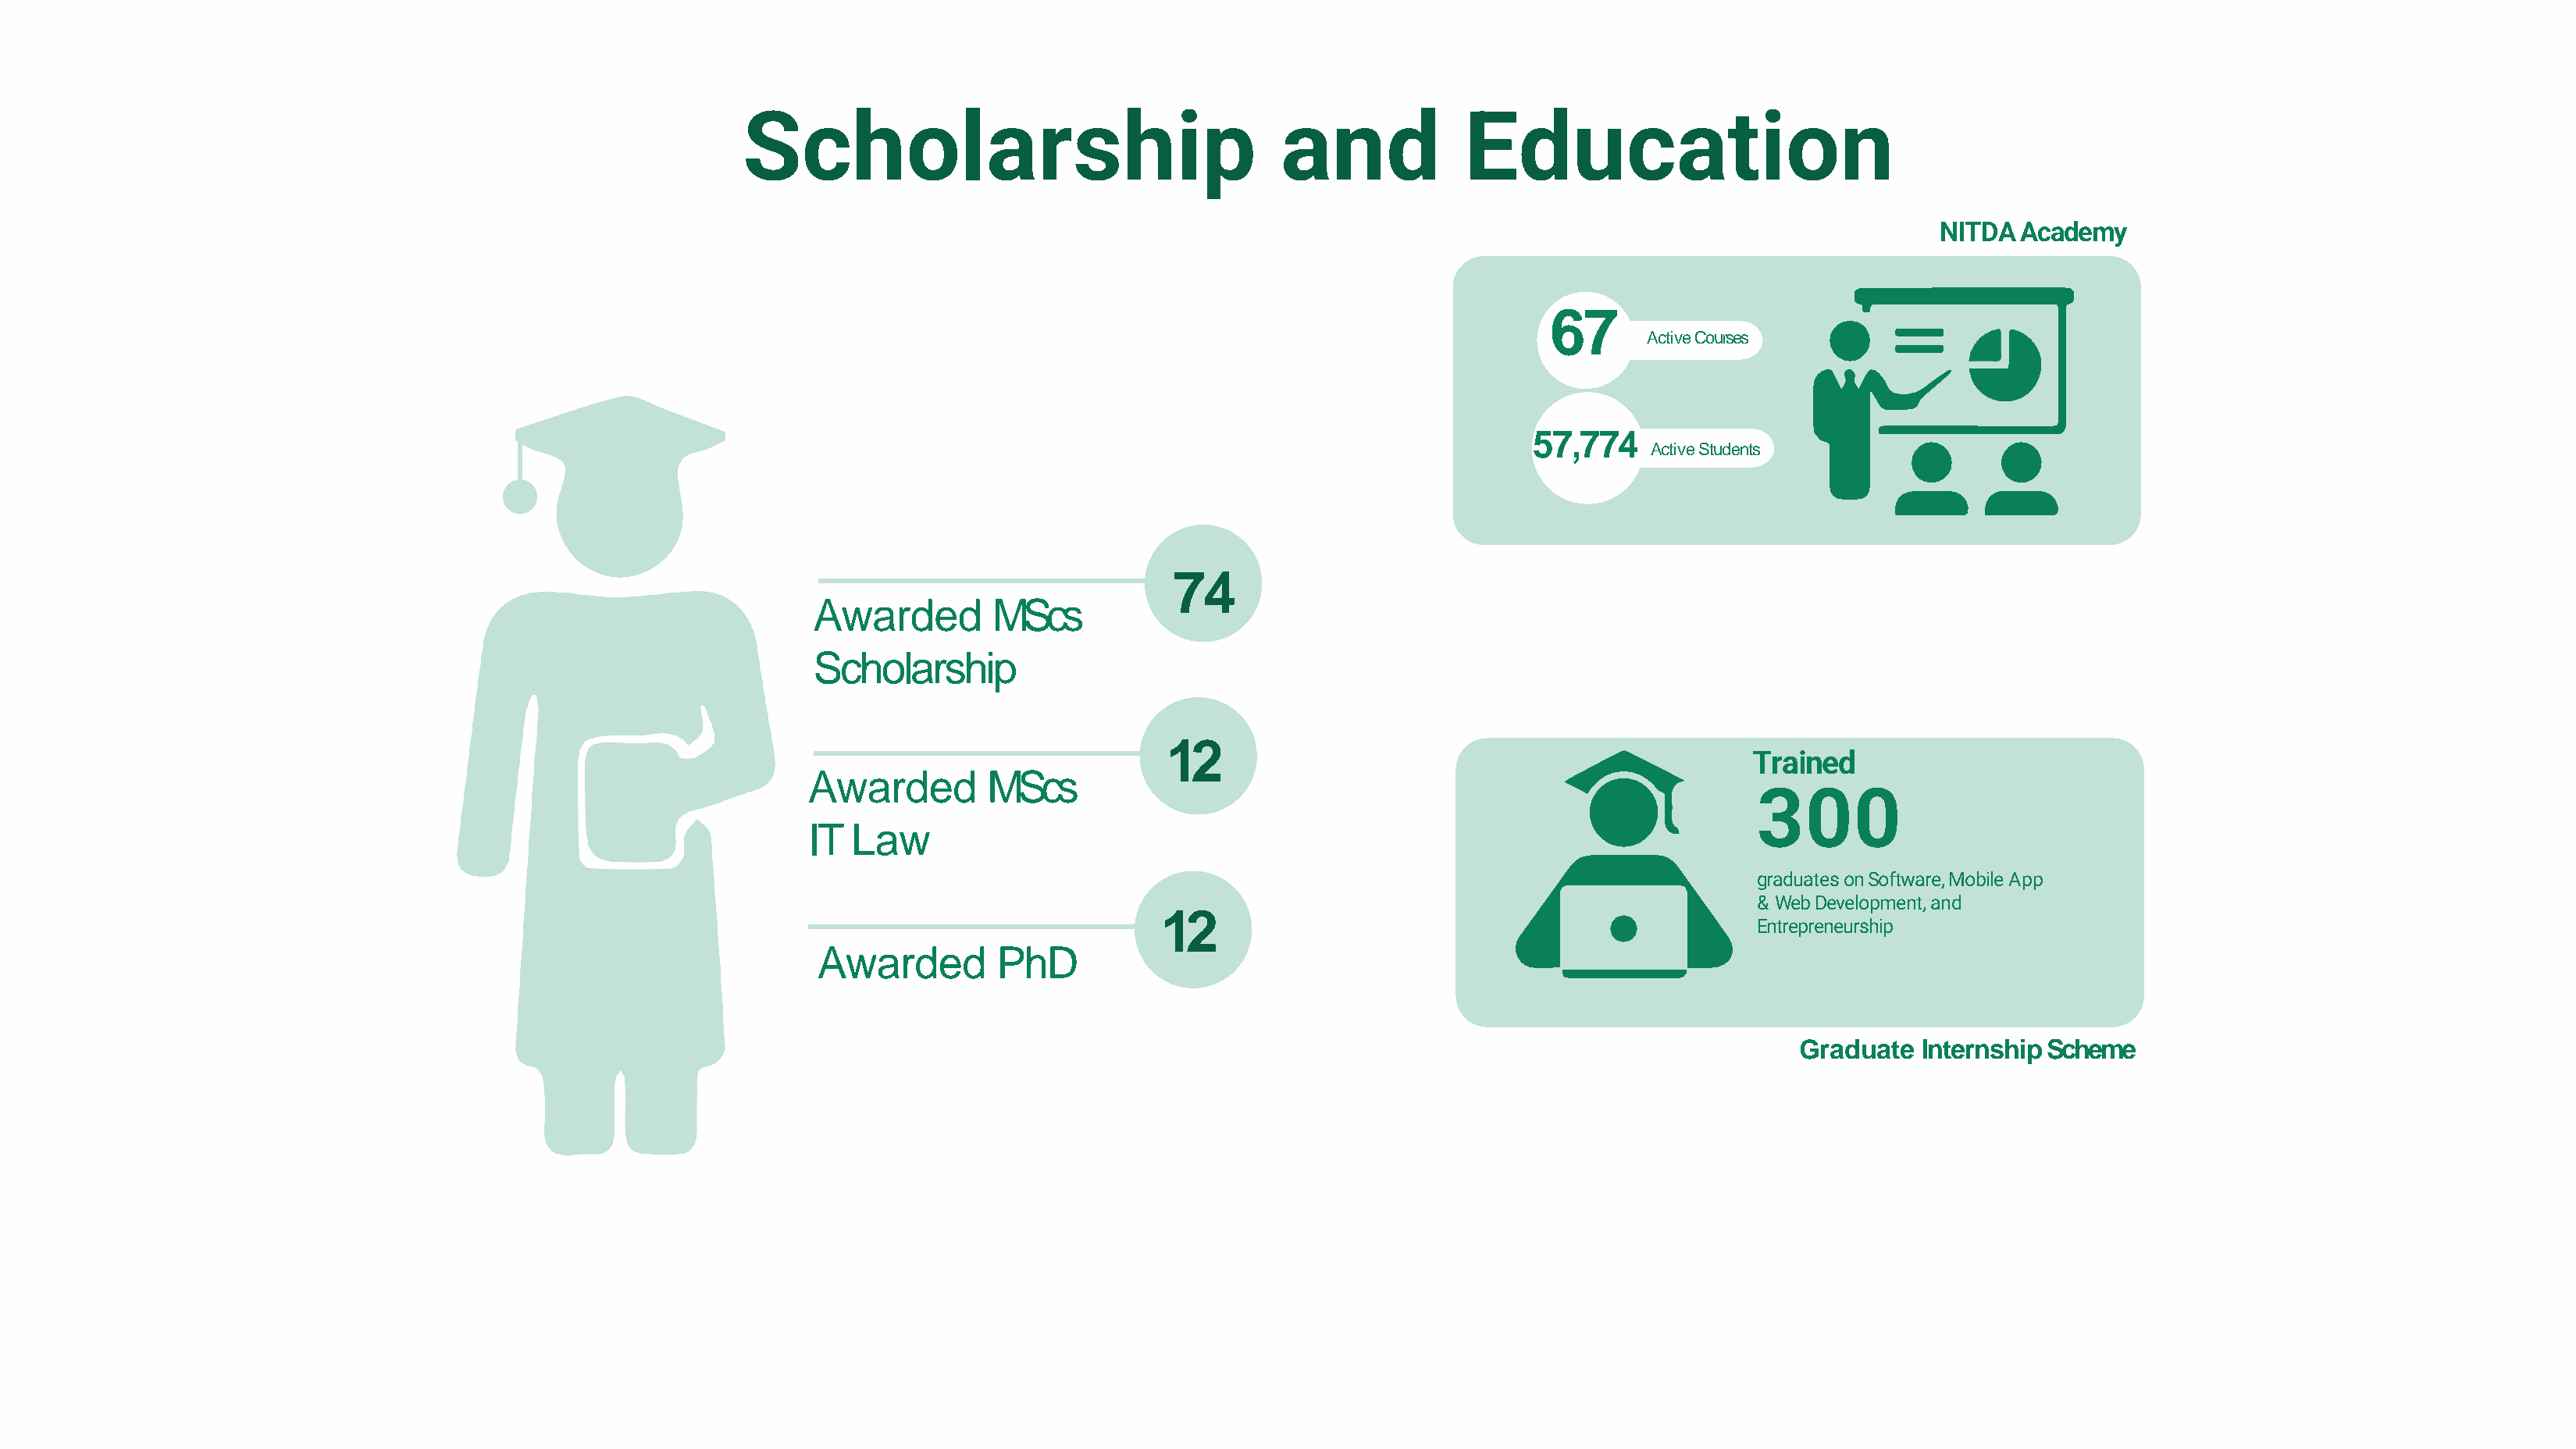
Scholarship                                   and            Education
 NITDAAcademy
 67
 ActiveCourses
 57,774
 ActiveStudents
 74
 Awarded        MScs
 Scholarship
 12
 Trained
 Awarded        MScs
 300
 IT Law
 graduates on Software, MobileApp
 & Web Development, and
 12
 Entrepreneurship
 Awarded        PhD
 Graduate   InternshipScheme